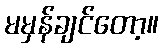
မမှန်ချင်တော့။